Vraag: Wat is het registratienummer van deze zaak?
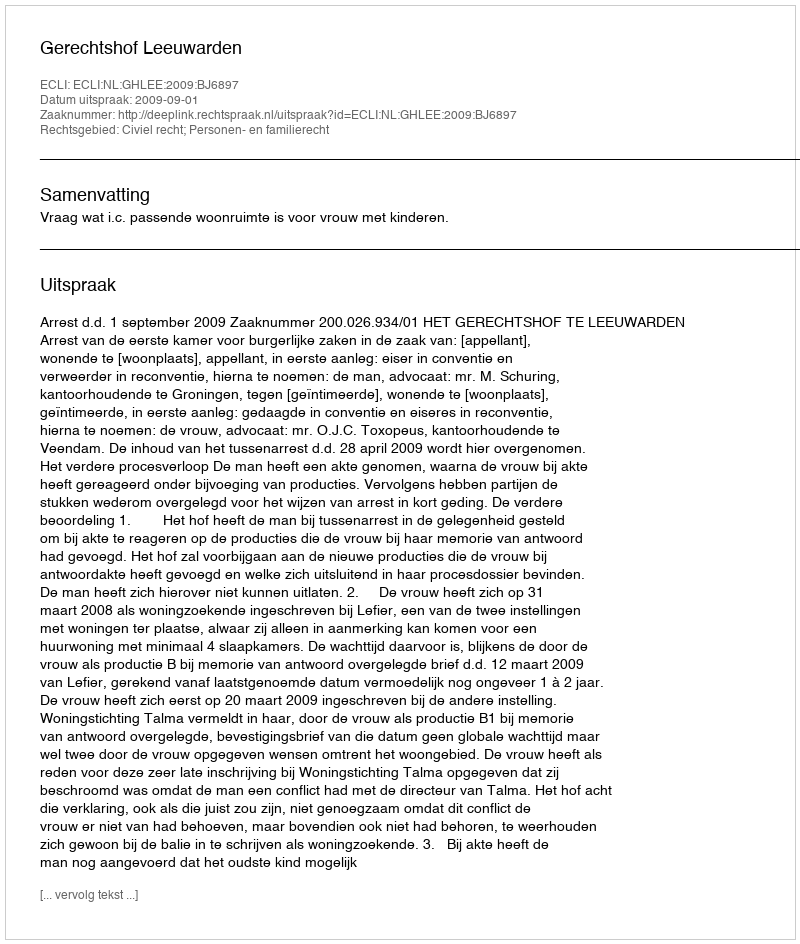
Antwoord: http://deeplink.rechtspraak.nl/uitspraak?id=ECLI:NL:GHLEE:2009:BJ6897